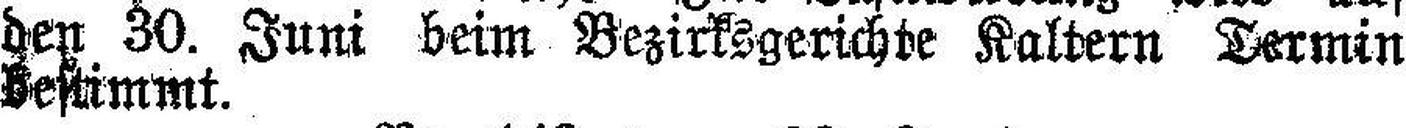
den 30. Juni beim Bezirksgerichte Kaltern Dermin